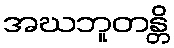
အဃဘူတန္တိ